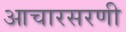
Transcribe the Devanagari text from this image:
आचारसरणी